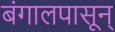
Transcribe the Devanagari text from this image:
बंगालपासून्